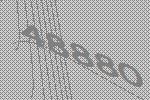
48880